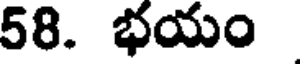
58. భయం